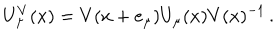
U _ { \mu } ^ { V } ( x ) = V ( x + e _ { \mu } ) U _ { \mu } ( x ) V ( x ) ^ { - 1 } \, .